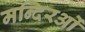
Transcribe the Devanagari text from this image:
मन्दिरओं